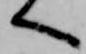
へ